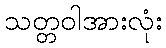
သတ္တဝါအားလုံး